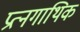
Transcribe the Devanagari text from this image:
प्रत्नगाथिक